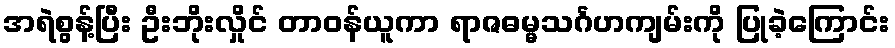
အရဲစွန့်ပြီး ဦးဘိုးလှိုင် တာဝန်ယူကာ ရာဇဓမ္မသင်္ဂဟကျမ်းကို ပြုခဲ့ကြောင်း